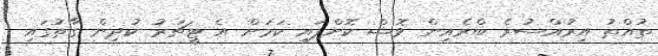
ތުއްތު އިރުއްސުރެ ބްރެއިން ވޮޝް ކޮށްފައި ކަމަށް އެ ޓީޗަރު ކުދިން ގާތުގައި